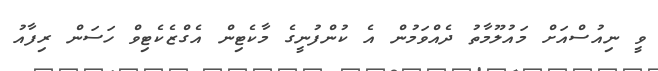
ވީ ނިއުސްއަށް މައުލޫމާތު ދެއްވަމުން އެ ކުންފުނީގެ މާކެޓިން އެގްޒެކެޓިވް ހަސަން ރިފާއު